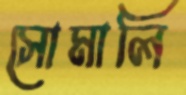
সোমালি